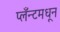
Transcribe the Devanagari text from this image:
प्लँन्टमधून